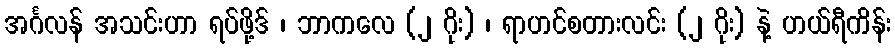
အင်္ဂလန် အသင်းဟာ ရပ်ဖို့ဒ် ၊ ဘာကလေ (၂ ဂိုး) ၊ ရာဟင်စတားလင်း (၂ ဂိုး) နဲ့ ဟယ်ရီကိန်း